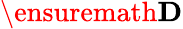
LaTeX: \ensuremath\mathbf{D}